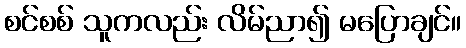
စင်စစ် သူကလည်း လိမ်ညာ၍ မပြောချင်။